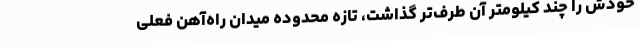
خودش را چند کیلومتر آن طرف‌تر گذاشت، تازه محدوده میدان راه‌آهن فعلی